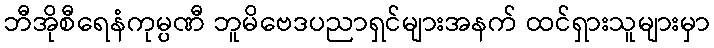
ဘီအိုစီရေနံကုမ္ပဏီ ဘူမိဗေဒပညာရှင်များအနက် ထင်ရှားသူများမှာ